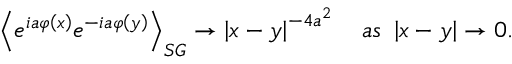
\left\langle e ^ { i a \varphi \left( x \right) } e ^ { - i a \varphi \left( y \right) } \right\rangle _ { S G } \rightarrow \left| x - y \right| ^ { - 4 a ^ { 2 } } \quad a s \ \left| x - y \right| \rightarrow 0 .